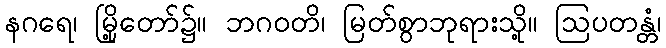
နဂရေ၊ မြို့တော်၌။ ဘဂဝတိ၊ မြတ်စွာဘုရားသို့။ ဩပတန္တံ၊